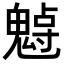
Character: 𩳨